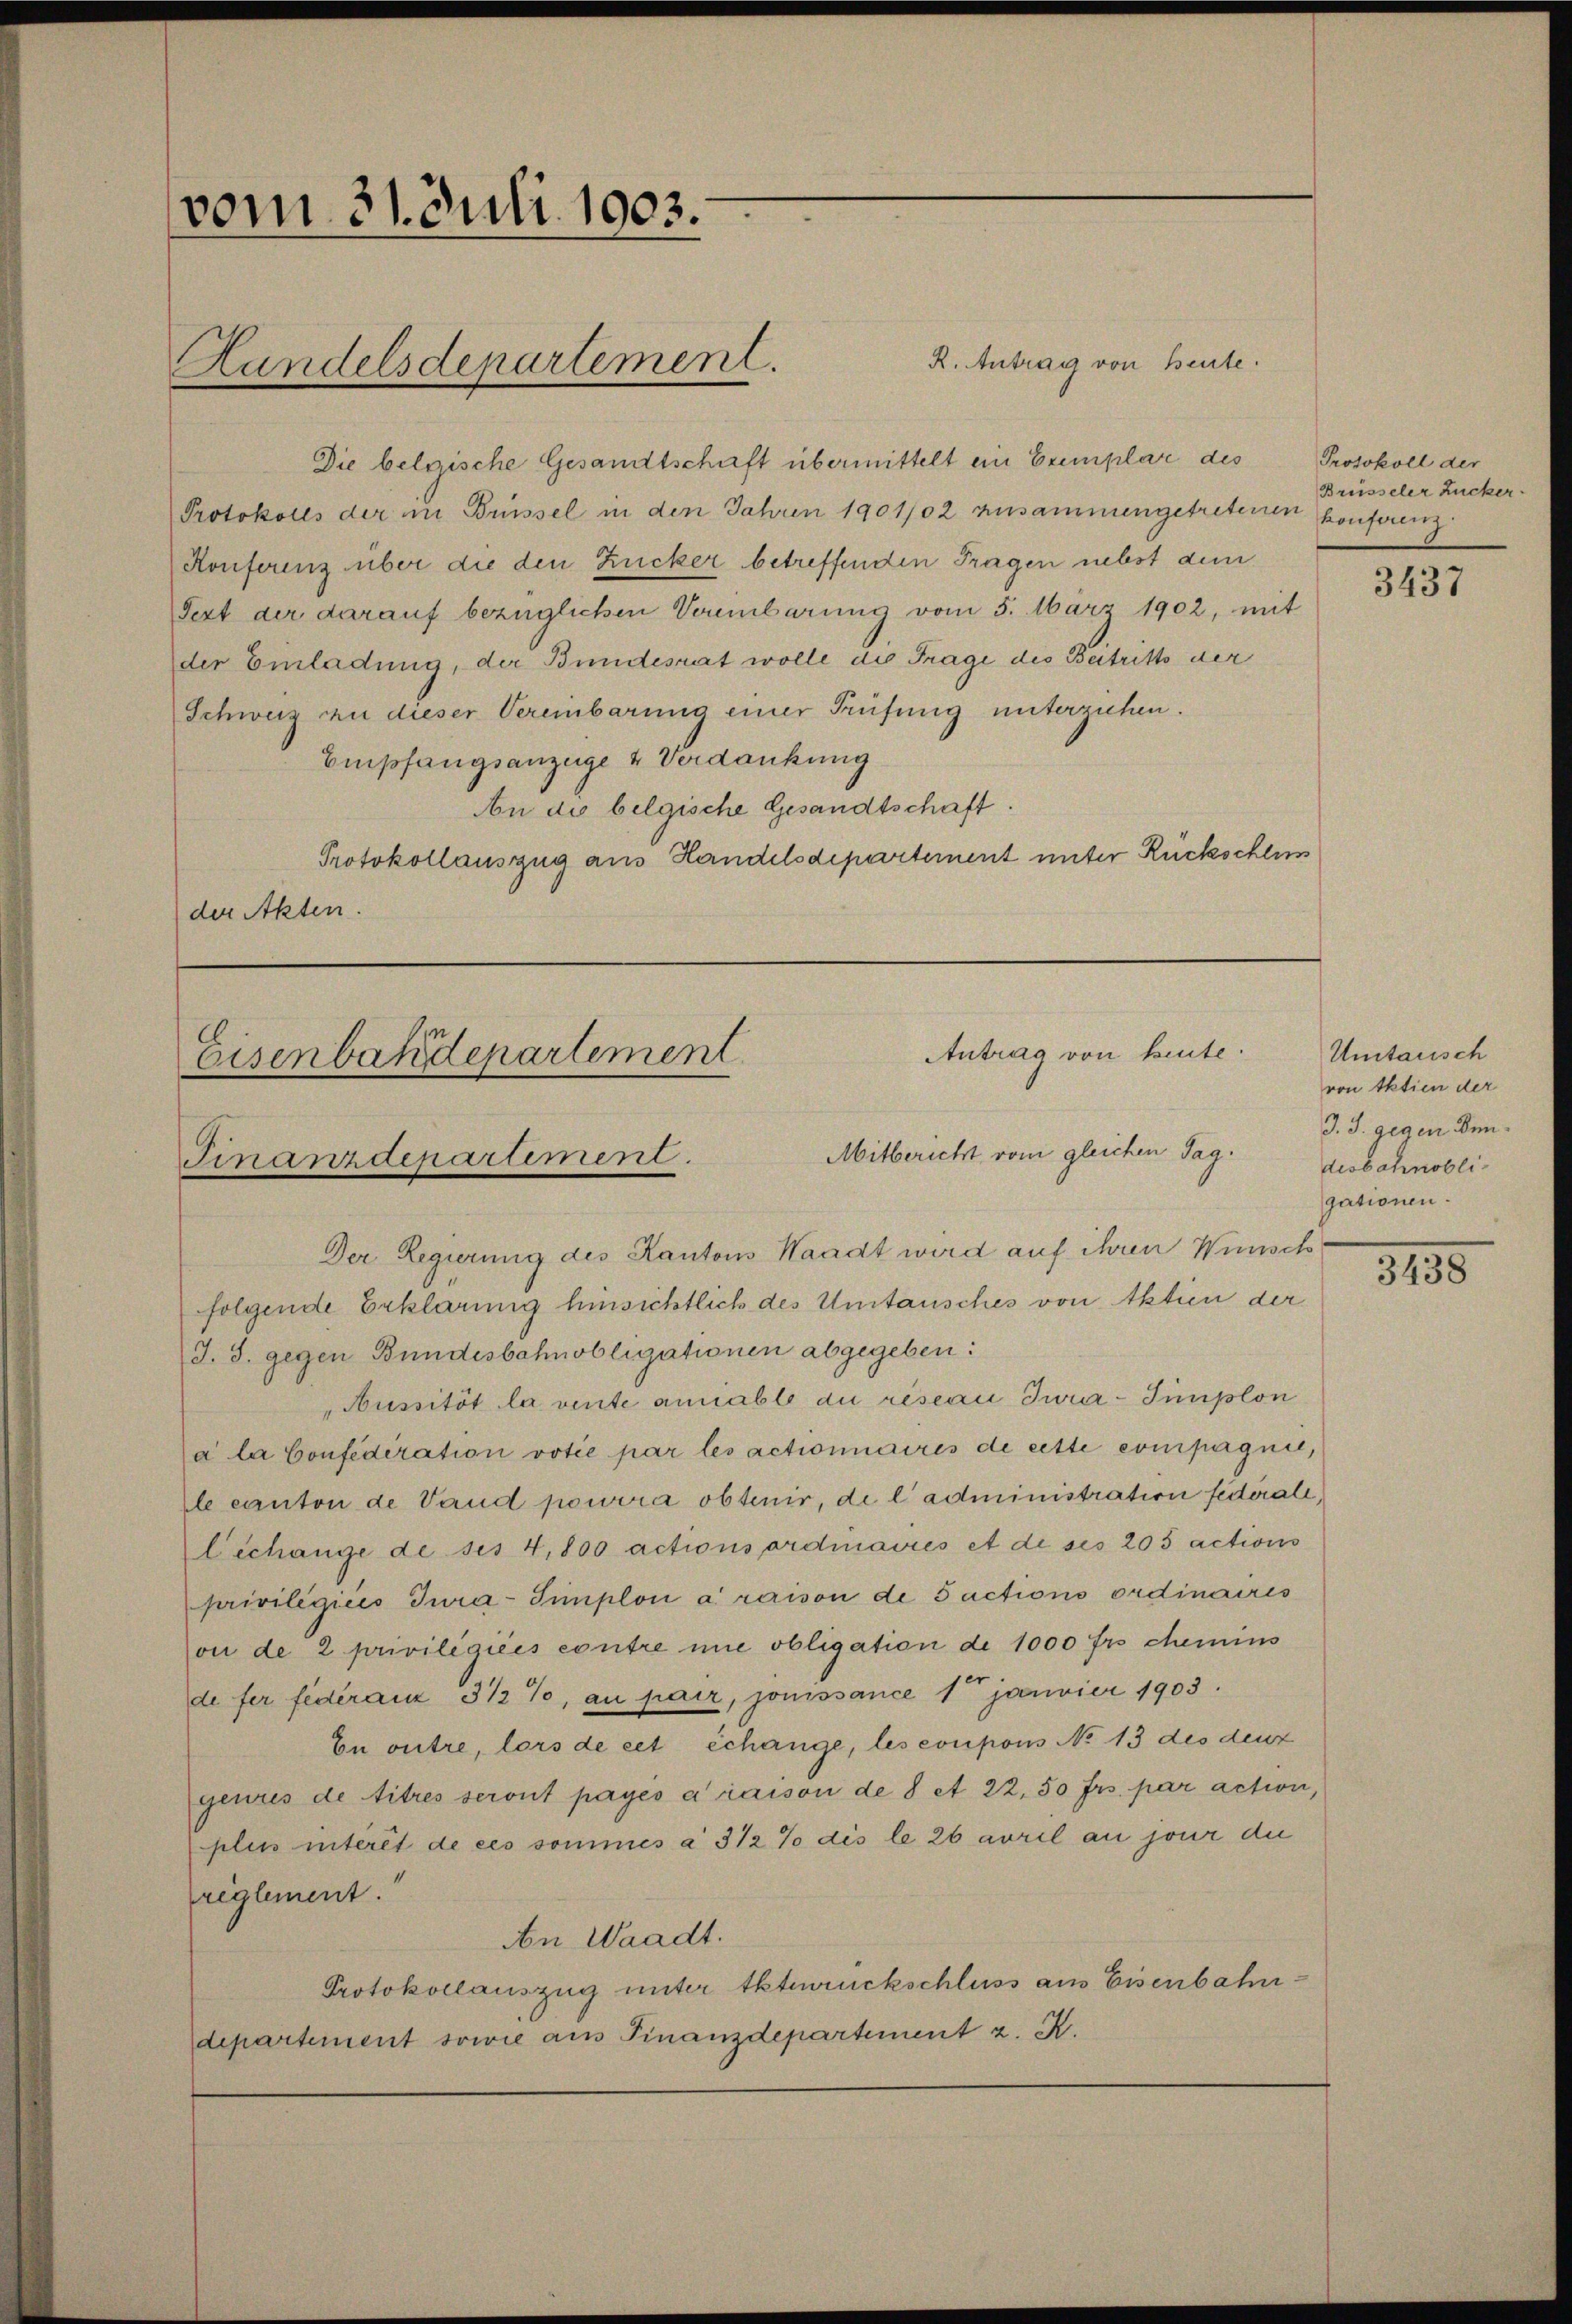
vom 31. Juli 1903.

R. Antrag von Beute.
Die belgische Gesandtschaft übermittelt ein Exemplar des
Protokolls der in Brüssel in den Jahren 1901/02 zusammengetretenen konferenz
Konferenz über die den Zucker betreffenden Fragen nebst dem
Fezt der darauf bezüglichen Vereinbarung vom 5. März 1902, mit
der Einladung, der Bundesrat wolle die Frage des Beitritto der
Schweiz zu dieser Vereinbarung einer Prüfung unterziehen.
Empfangsanzeige & Verdankung
An die belgische Gesandtschaft.
Protokollauszug aus Handelsdepartement unter Rückschlim
der Akten.

Handelsdepartement.

Antrag von heute.
Eisenbandepartement
Mitbericht vom gleichen Tag.
Finanzdepartement.

Der Regierung des Kantons Waadt wird auf ihren Wünsch
folgende Erklärung hinsichtlich des Untausches von Aktien der
J. S. gegen Bundesbahnobligationen abgegeben:
Aussität la vente amiable au réseau Iwir- Simplon
a la Confederation votie par les actionnaires de cette compagnie,
le canton de Vaud pourra obtenir, de l’administration federall,
Cechange de ses 4,800 actionsordinavrés et de ses 205 actions
privilégiées Tura-Simplon à raison de sactions ordinaires
on de 2 privilégiées contre nie obligation de 1000 frs chemins
de fer federanz 3 ½ %, au pair, jouissance 1 janvier 1903.
En outre, lors de cet échange, les coupons No 13 des deut
genres de titres seront payés à raison de 8 et 22.50 frs. par action,
plius intérêt de ces sommés à 3 1/2% dis le 26 arril an jour die
reglement.
An Waadt.
Protokollauszug unter tktrückschluss aus Eisenbahndepartement sowie aus Finanzdepartement z. R.

Protokoll der
Brüsseler Zucker.

3437

Umtausch
von Aktien der
J. J. gegen Bendisbahnobli-
gationen.

2135